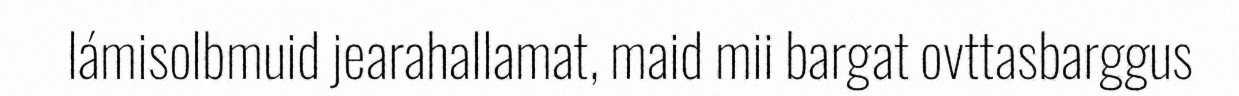
lámisolbmuid jearahallamat, maid mii bargat ovttasbarggus